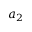
a _ { 2 }